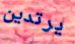
يرتدين